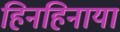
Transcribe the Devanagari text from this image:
हिनहिनाया